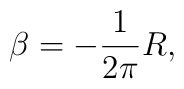
\beta = - \frac {1}{2\pi} R,